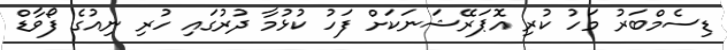
ޑިސެމްބަރު މަހު ކުރި އޮޕަރޭޝަނަކަށް ފަހު ކުޅުމާ ދުރުގައި ހުރި ނިއުގެ ފޯވާޑް